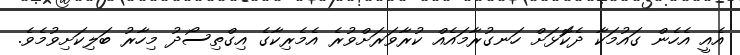
އެއީ އެހެން ގައުމަކާ ދެކޮަޅަށް ހަނގުރާމައެއް ކުރާވަރަށްވުރެ އެމެރިކާގެ އިގްތިސޯދު މިހާރު ބަލިކަށިވުމެވެ.